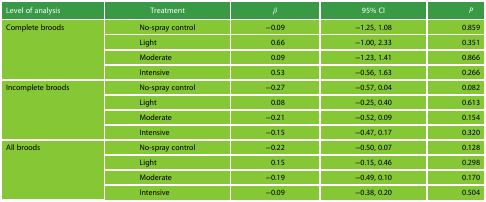
| Level of analysis | Treatment | β | 95% CI | P |
 | --- | --- | --- | --- | --- |
 | <ROWSPAN=4> Complete broods | No-spray control | −0.09 | −1.25, 1.08 | 0.859 |
 | Light | 0.66 | −1.00, 2.33 | 0.351 |
 | Moderate | 0.09 | −1.23, 1.41 | 0.866 |
 | Intensive | 0.53 | −0.56, 1.63 | 0.266 |
 | <ROWSPAN=4> Incomplete broods | No-spray control | −0.27 | −0.57, 0.04 | 0.082 |
 | Light | 0.08 | −0.25, 0.40 | 0.613 |
 | Moderate | −0.21 | −0.52, 0.09 | 0.154 |
 | Intensive | −0.15 | −0.47, 0.17 | 0.320 |
 | <ROWSPAN=4> All broods | No-spray control | −0.22 | −0.50, 0.07 | 0.128 |
 | Light | 0.15 | −0.15, 0.46 | 0.298 |
 | Moderate | −0.19 | −0.49, 0.10 | 0.170 |
 | Intensive | −0.09 | −0.38, 0.20 | 0.504 |